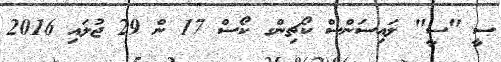
ސީ "ސީ" ލައިސަންސް ކޯޗިންގ ކޯސް 17 ން 29 ޖުލައި 2016